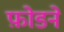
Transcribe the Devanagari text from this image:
फ़ोडने